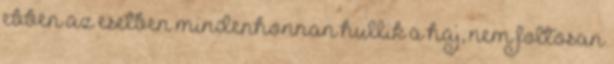
ebben az esetben mindenhonnan hullik a haj, nem foltosan